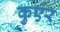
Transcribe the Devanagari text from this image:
कुएर